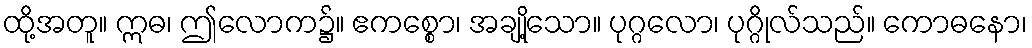
ထို့အတူ။ ဣဓ၊ ဤလောက၌။ ဧကစ္စော၊ အချို့သော။ ပုဂ္ဂလော၊ ပုဂ္ဂိုလ်သည်။ ကောဓနော၊